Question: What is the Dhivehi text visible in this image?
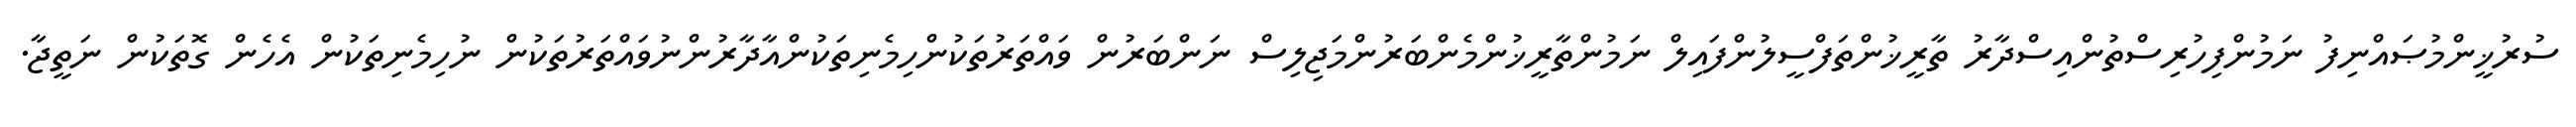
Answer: ސުރުޚީންމުޞައްނިފު ނަމުންފިހުރިސްތުންއިސްދާރު ތާރީޚުންތަފްސީލުންފައިލް ނަމުންތާރީޚުންމެންބަރުންމަޖިލިސް ނަންބަރުން ވައްތަރުތަކުންހިމެނިތަކުންއާދާރުންނުވައްތަރުތަކުން ނުހިމެނިތަކުން އެހެން ގޮތަކުން ނަތީޖާ.